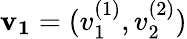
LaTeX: \mathbf{v_{1}}=(v_{1}^{(1)},v_{2}^{(2)})